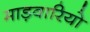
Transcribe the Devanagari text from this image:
माड़वारियो